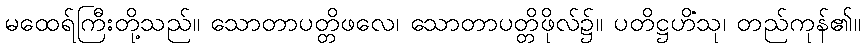
မထေရ်ကြီးတို့သည်။ သောတာပတ္တိဖလေ၊ သောတာပတ္တိဖိုလ်၌။ ပတိဋ္ဌဟိံသု၊ တည်ကုန်၏။